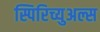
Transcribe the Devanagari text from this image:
स्पिरिच्युअल्स